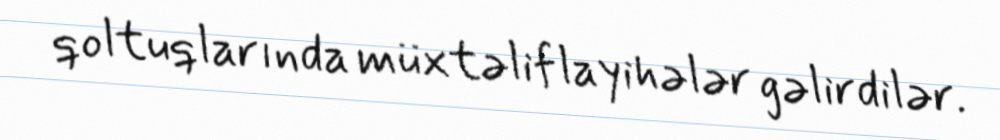
qoltuqlarında müxtəlif layihələr gəlirdilər.